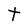
Character: t